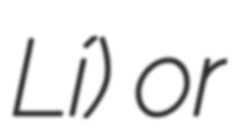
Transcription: Lí) or